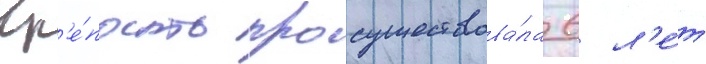
Кр'е́пость просуществова́ла 6 л'е́т